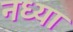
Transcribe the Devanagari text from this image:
नध्या